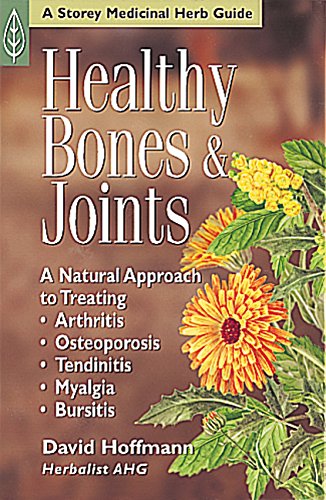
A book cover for Healthy Bones & Joints: A Natural Approach to Treating Arthritis, Osteoporosis, Tendinitis, Myalgia & Bursitis; David Hoffman; Health, Fitness & Dieting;